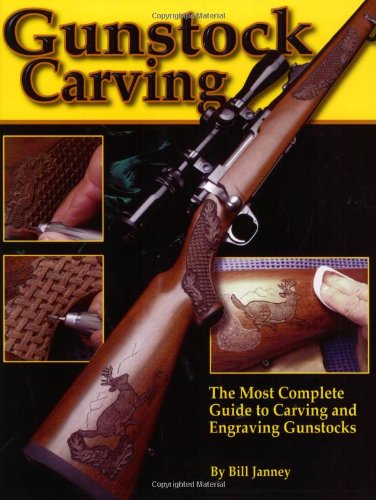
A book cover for Gunstock Carving: The Most Complete Guide to Carving and Engraving Gunstocks; Bill Janney; Crafts, Hobbies & Home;